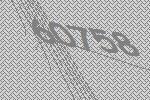
60758